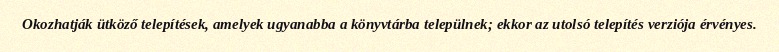
Okozhatják ütköző telepítések, amelyek ugyanabba a könyvtárba települnek; ekkor az utolsó telepítés verziója érvényes.